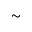
\sim